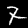
Label: 7